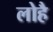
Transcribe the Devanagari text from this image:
लोहै